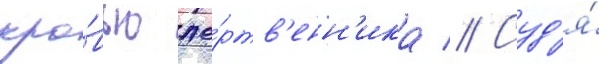
кро́вью же́ртв'енн'ика // Суд'я́